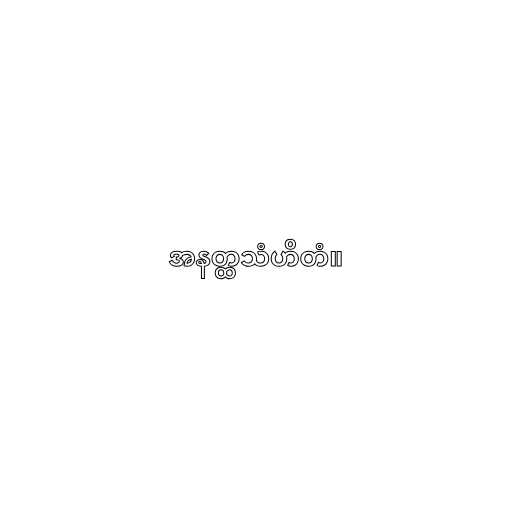
အနတ္ထသံဟိတံ။